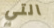
التي